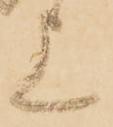
上